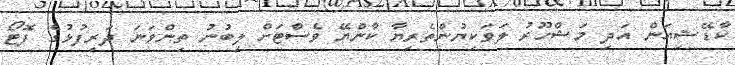
ކާޑޭޝިއަން އަދި މަޝްހޫރު ލަވަކިޔުންތެރިޔާ ކާންޔޭ ވެސްޓަށް ލިބުނު ތިންވަނަ ދަރިފުޅުގެ ފޮޓޯ